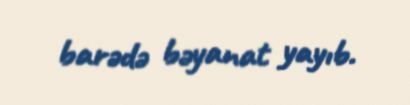
barədə bəyanat yayıb.